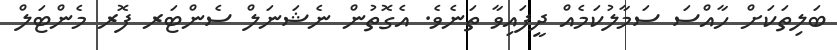
ބަލިތަކަށް ހާއްސަ ސަމާލުކަމެއް ދީފައިވާ ތަނެވެ. އެގޮތުން ނެޝަނަލް ސެންޓަރ ފޮރ މެންޓަލް